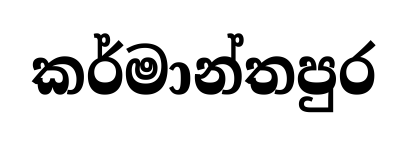
කර්මාන්තපුර